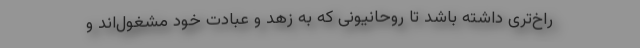
راخ‌تری داشته باشد تا روحانیونی که به زهد و عبادت خود مشغول‌اند و